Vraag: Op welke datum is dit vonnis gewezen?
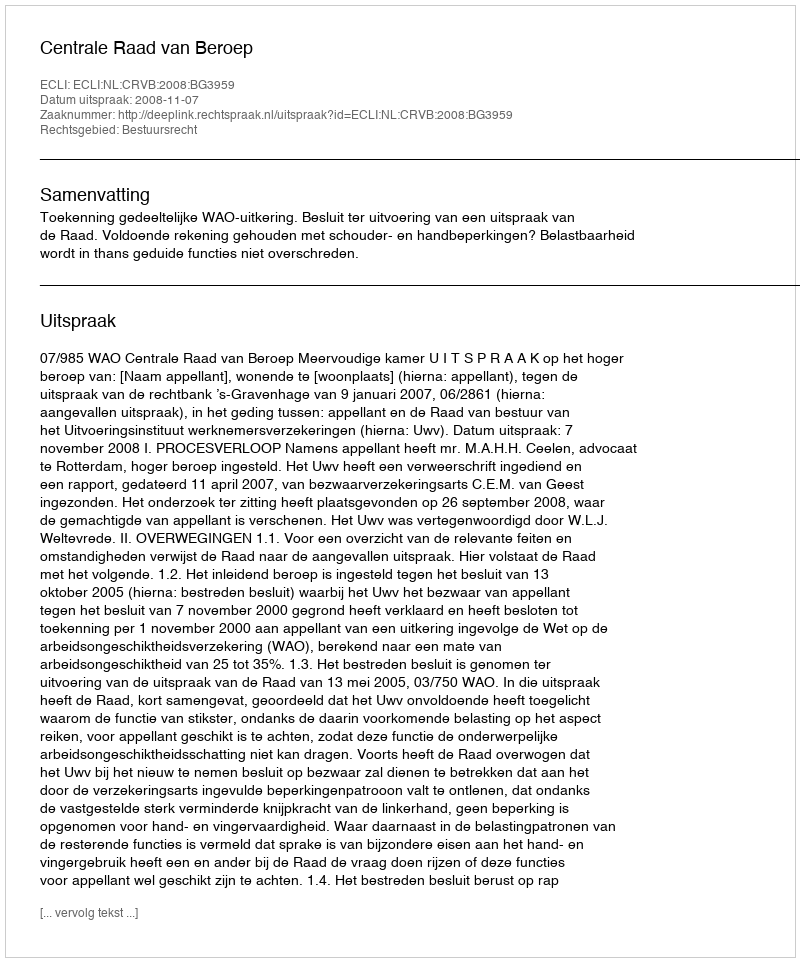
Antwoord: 2008-11-07